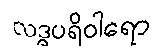
လဒ္ဓပရိဝါရော